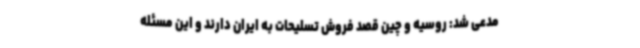
مدعی شد: روسیه و چین قصد فروش تسلیحات به ایران دارند و این مسئله